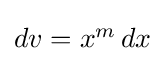
{\textstyle dv=x^{m}\,dx}